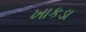
ખાકડા